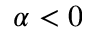
\alpha < 0